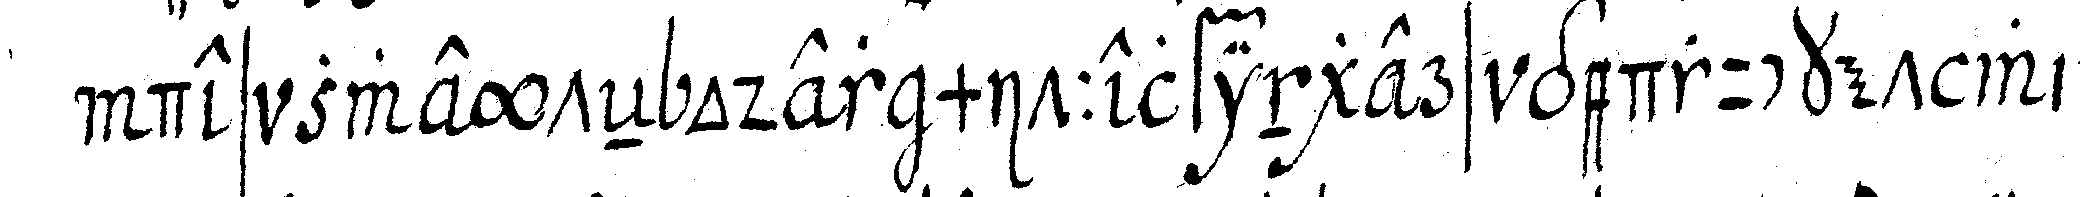
des zweyteN oder mittelfingers gedrucket wird